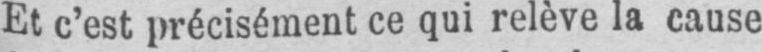
Et c’est précisément ce qui relève la cause